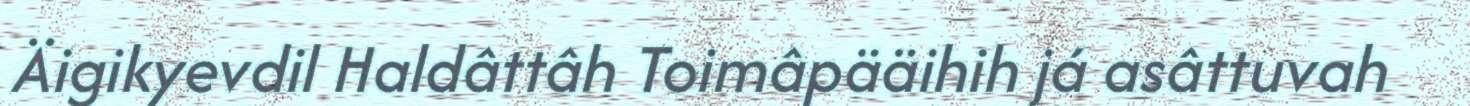
Äigikyevdil Haldâttâh Toimâpääihih já asâttuvah